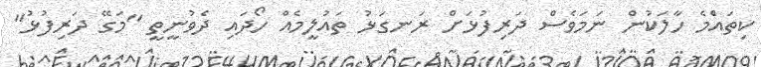
ކިތައްެމެ ހާލަކުން ނަމަވެސް ދަރިފުޅަށް ރަނގަޅު ތައުލީމެއް ހޯދައި ދެވުނީތީ "މަގޭ ދަރިފުޅު"